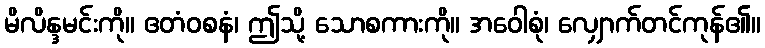
မိလိန္ဒမင်းကို။ ဧတံဝစနံ၊ ဤသို့ သောစကားကို။ အဝေါစုံ၊ လျှောက်တင်ကုန်၏။